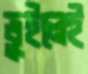
ভুইলেই